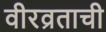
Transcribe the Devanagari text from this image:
वीरव्रताची